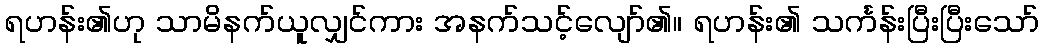
ရဟန်း၏ဟု သာမိနက်ယူလျှင်ကား အနက်သင့်လျော်၏။ ရဟန်း၏ သင်္ကန်းပြီးပြီးသော်